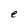
Character: e